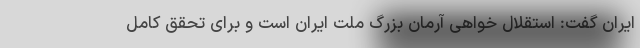
ایران گفت: استقلال خواهی آرمان بزرگ ملت ایران است و برای تحقق کامل